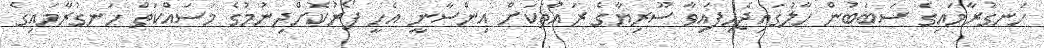
ހަނގުރާމައިގެ ސަބަބުން ހާލުގައިޖެހިފައިވާ ސޫރިޔާގެ ރައްތަކަށް އިންސާނީ އެހީ ފޯރުކޮށްދިނުމުގެ މަސައްކަތް ހަނގުރާމައިގެ